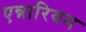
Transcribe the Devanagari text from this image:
एन्नारियम